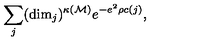
\sum _ { j } ( \mathrm { d i m } _ { j } ) ^ { \kappa ( \cal M ) } e ^ { - e ^ { 2 } \rho c ( j ) } ,